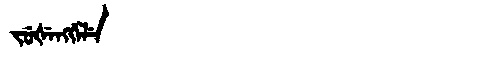
Manchu: ᠵᡠᡧᡝᠩᡤᡝᠯᡝ
Romanization: JUŠENGGELE